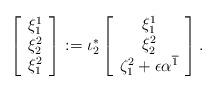
LaTeX: \begin{align*} \left[\begin{array}{c}\xi^1_1\\\xi^2_2\\\xi^2_1\end{array}\right]:= \iota_2^*\left[\begin{array}{c}\xi^1_1\\\xi^2_2\\\zeta^2_1+\epsilon\alpha^{\overline{1}}\end{array}\right].\end{align*}